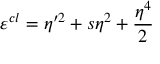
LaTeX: \varepsilon ^ { c l } = \eta ^ { \prime 2 } + s \eta ^ { 2 } + \frac { \eta ^ { 4 } } { 2 }